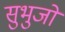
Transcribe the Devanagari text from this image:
सुभुजो